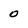
Character: 0